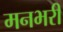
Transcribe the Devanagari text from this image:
मनभरी